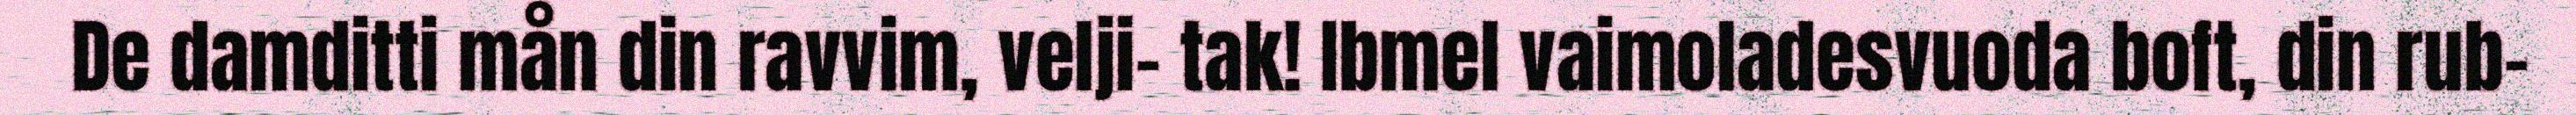
De damditti mån din ravvim, velji- tak! Ibmel vaimoladesvuoda boft, din rub-